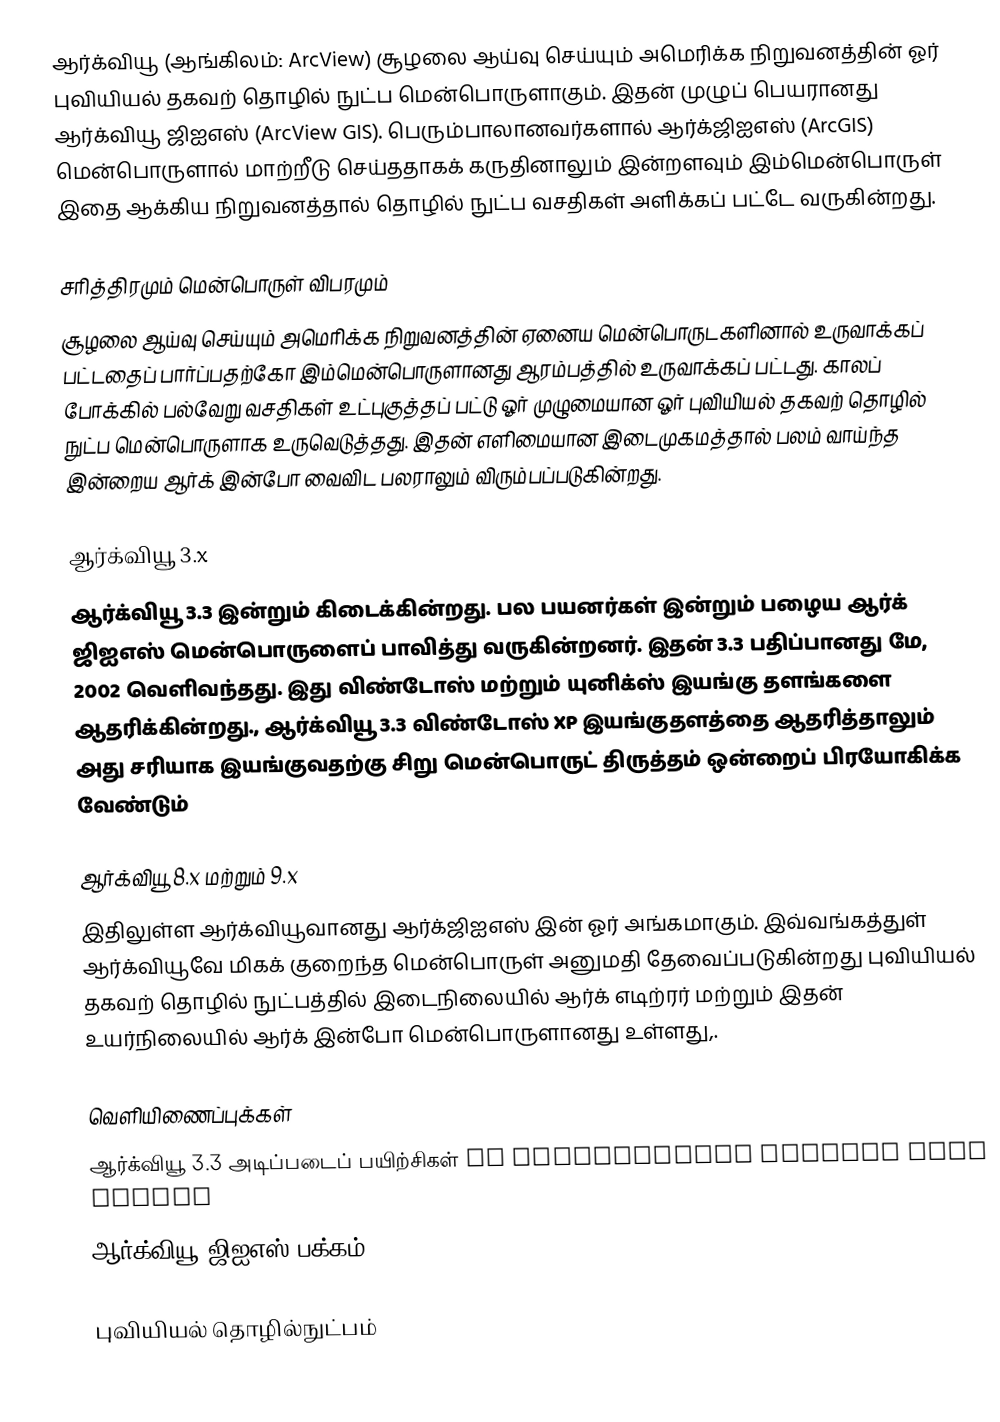
ஆர்க்வியூ (ஆங்கிலம்: ArcView) சூழலை ஆய்வு செய்யும் அமெரிக்க நிறுவனத்தின் ஓர் புவியியல் தகவற் தொழில் நுட்ப மென்பொருளாகும். இதன் முழுப் பெயரானது ஆர்க்வியூ ஜிஐஎஸ் (ArcView GIS). பெரும்பாலானவர்களால் ஆர்க்ஜிஐஎஸ் (ArcGIS) மென்பொருளால் மாற்றீடு செய்ததாகக் கருதினாலும் இன்றளவும் இம்மென்பொருள் இதை ஆக்கிய நிறுவனத்தால் தொழில் நுட்ப வசதிகள் அளிக்கப் பட்டே வருகின்றது.

சரித்திரமும் மென்பொருள் விபரமும்
சூழலை ஆய்வு செய்யும் அமெரிக்க நிறுவனத்தின் ஏனைய மென்பொருடகளினால் உருவாக்கப் பட்டதைப் பார்ப்பதற்கோ இம்மென்பொருளானது ஆரம்பத்தில் உருவாக்கப் பட்டது. காலப் போக்கில் பல்வேறு வசதிகள் உட்புகுத்தப் பட்டு ஓர் முழுமையான ஓர் புவியியல் தகவற் தொழில் நுட்ப மென்பொருளாக உருவெடுத்தது. இதன் எளிமையான இடைமுகமத்தால் பலம் வாய்ந்த இன்றைய ஆர்க் இன்போ வைவிட பலராலும் விரும்பப்படுகின்றது.

ஆர்க்வியூ 3.x
ஆர்க்வியூ 3.3 இன்றும் கிடைக்கின்றது. பல பயனர்கள் இன்றும் பழைய ஆர்க் ஜிஐஎஸ் மென்பொருளைப் பாவித்து வருகின்றனர். இதன் 3.3 பதிப்பானது மே, 2002 வெளிவந்தது. இது விண்டோஸ் மற்றும் யுனிக்ஸ் இயங்கு தளங்களை ஆதரிக்கின்றது., ஆர்க்வியூ 3.3 விண்டோஸ் XP இயங்குதளத்தை ஆதரித்தாலும் அது சரியாக இயங்குவதற்கு சிறு மென்பொருட் திருத்தம் ஒன்றைப் பிரயோகிக்க வேண்டும்

ஆர்க்வியூ 8.x மற்றும் 9.x
இதிலுள்ள ஆர்க்வியூவானது ஆர்க்ஜிஐஎஸ் இன் ஓர் அங்கமாகும். இவ்வங்கத்துள் ஆர்க்வியூவே மிகக் குறைந்த மென்பொருள் அனுமதி தேவைப்படுகின்றது புவியியல் தகவற் தொழில் நுட்பத்தில் இடைநிலையில் ஆர்க் எடிற்ரர் மற்றும் இதன் உயர்நிலையில் ஆர்க் இன்போ மென்பொருளானது உள்ளது,.

வெளியிணைப்புக்கள்
 ஆர்க்வியூ 3.3 அடிப்படைப் பயிற்சிகள்  on Pennsylvania Spatial Data Access
 ஆர்க்வியூ ஜிஐஎஸ் பக்கம்

புவியியல் தொழில்நுட்பம்